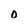
Character: O